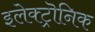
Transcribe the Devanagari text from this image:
इलेक्ट्रॊनिक